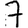
Digit: 7